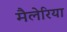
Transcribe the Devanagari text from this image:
मैलेरिया